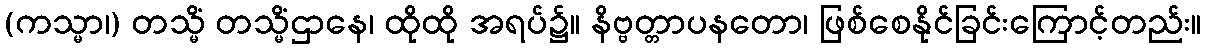
(ကသ္မာ၊) တသ္မိံ တသ္မိံဌာနေ၊ ထိုထို အရပ်၌။ နိဗ္ဗတ္တာပနတော၊ ဖြစ်စေနိုင်ခြင်းကြောင့်တည်း။